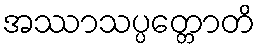
အဿာသပ္ပတ္တောတိ